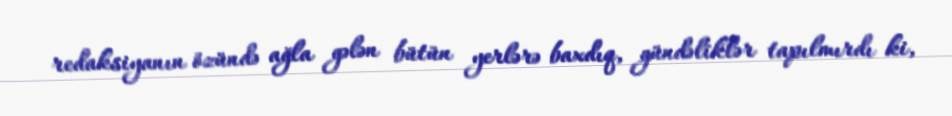
redaksiyanın özündə ağla gələn bütün yerlərə baxdıq, gündəliklər tapılmırdı ki,